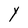
Character: Y